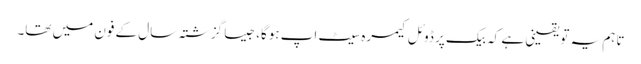
تاہم یہ تو یقینی ہے کہ بیک پر ڈوئل کیمرہ سیٹ اپ ہوگا، جیسا گزشتہ سال کے فون میں تھا۔